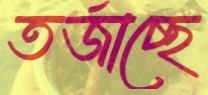
তর্জাচ্ছে